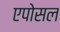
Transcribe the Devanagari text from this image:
एपोसल